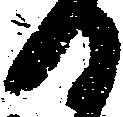
日